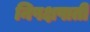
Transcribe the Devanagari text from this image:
निपक्षपाती